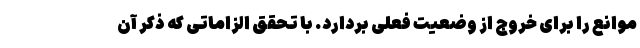
موانع را برای خروج از وضعیت فعلی بردارد. با تحقق الزاماتی که ذکر آن